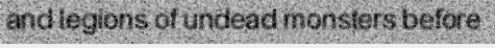
and legions of undead monsters before